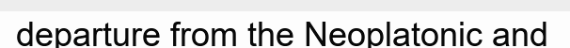
departure from the Neoplatonic and